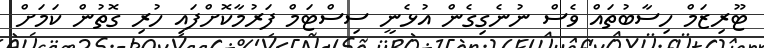
ޓޫރިޒަމް ހިސާބުތައް ވެސް ނުނެގިގެން އުޅެނީ ސިސްޓަމް ފަރުމާކޮށްފައި ހުރި ގޮތުން ކަމަށް